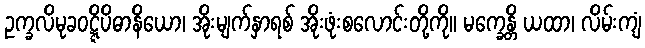
ဥက္ခလိမုခဝဋ္ဋိပိဓာနိယော၊ အိုးမျက်နှာရစ် အိုးဖုံးစလောင်းတို့ကို။ မက္ခေန္တိ ယထာ၊ လိမ်းကျံ